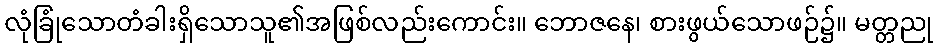
လုံခြုံသောတံခါးရှိသောသူ၏အဖြစ်လည်းကောင်း။ ဘောဇနေ၊ စားဖွယ်သောဖဉ်၌။ မတ္တညု